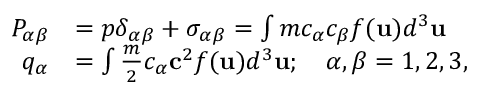
\begin{array} { r l } { P _ { \alpha \beta } } & { = p \delta _ { \alpha \beta } + \sigma _ { \alpha \beta } = \int m c _ { \alpha } c _ { \beta } f ( \mathbf { u } ) d ^ { 3 } \mathbf { u } } \\ { q _ { \alpha } } & { = \int \frac { m } { 2 } c _ { \alpha } \mathbf { c } ^ { 2 } f ( \mathbf { u } ) d ^ { 3 } \mathbf { u } ; \quad \alpha , \beta = 1 , 2 , 3 , } \end{array}